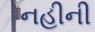
નહીની